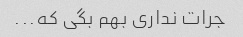
جرات نداری بهم بگی که...